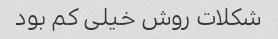
شکلات روش خیلی کم بود